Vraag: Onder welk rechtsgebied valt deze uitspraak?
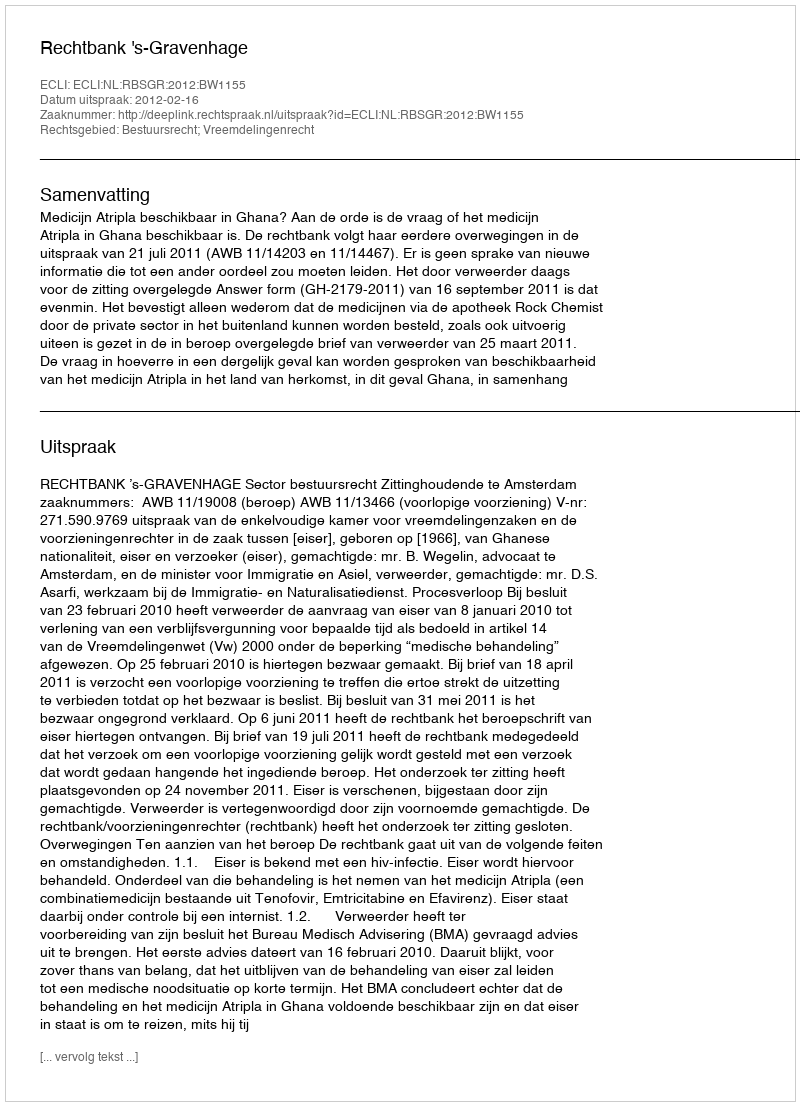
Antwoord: Bestuursrecht; Vreemdelingenrecht